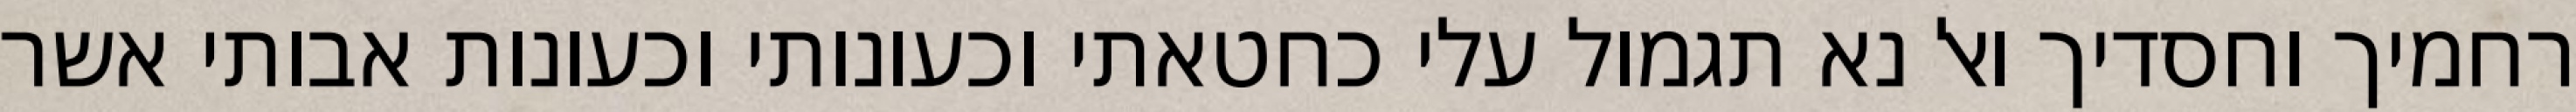
רחמיך וחסדיך ואל נא תגמול עלי כחטאתי וכעונותי וכעונות אבותי אשר